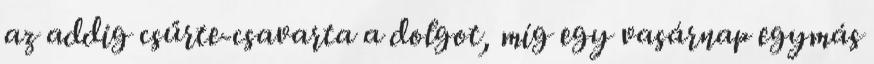
az addig csűrte-csavarta a dolgot, míg egy vasárnap egymás